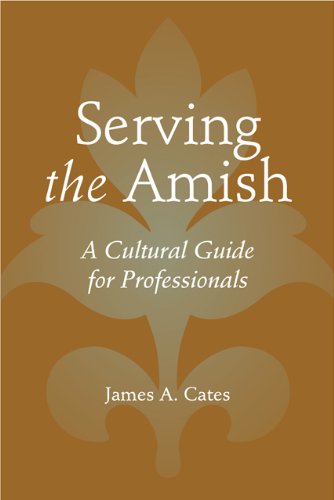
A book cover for Serving the Amish: A Cultural Guide for Professionals (Young Center Books in Anabaptist and Pietist Studies); James A. Cates; Christian Books & Bibles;